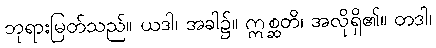
ဘုရားမြတ်သည်။ ယဒါ၊ အခါ၌။ ဣစ္ဆတိ၊ အလိုရှိ၏။ တဒါ၊